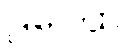
ဌပေထ